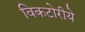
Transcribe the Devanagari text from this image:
विकटोरीये